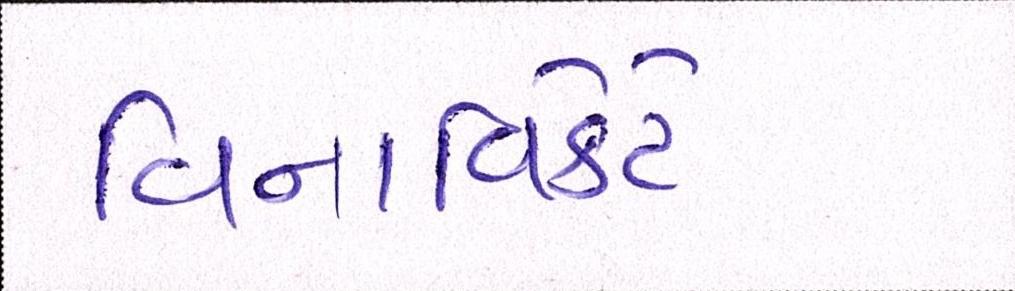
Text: વિનાવિકેટે